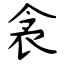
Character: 衾